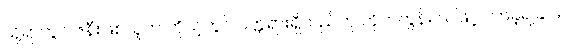
သို့ရာတွင် ဇနီးဖြစ်သူက ကိုယ့်တွင် ဝတ္တရားရှိသည်ဟု တိုက်တွန်း သဖြင့် လာခဲ့ရခြင်း